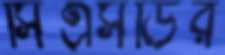
সিএসডির